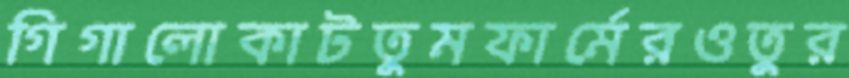
গিগালোকাটতুমফার্মেরওতুর